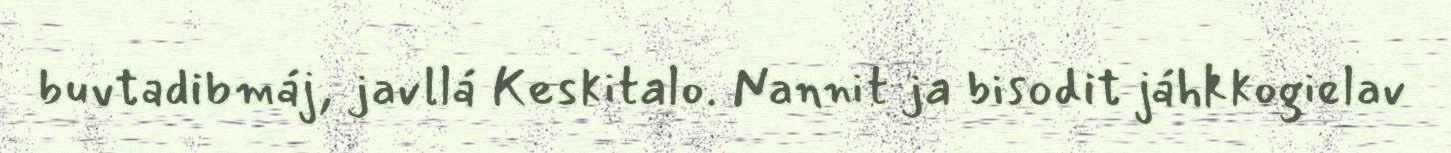
buvtadibmáj, javllá Keskitalo. Nannit ja bisodit jáhkkogielav